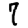
Digit: 7